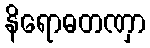
နိရောဓတဏှာ